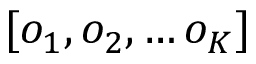
[ o _ { 1 } , o _ { 2 } , \ldots o _ { K } ]